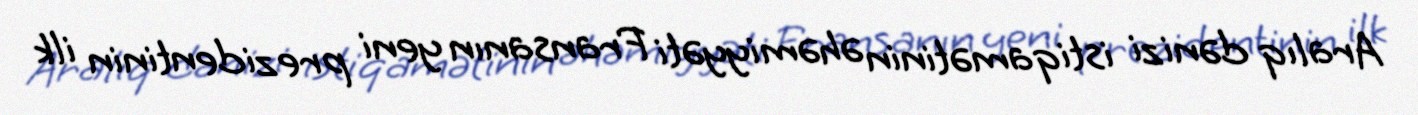
Aralıq dənizi istiqamətinin əhəmiyyəti Fransanın yeni prezidentinin ilk